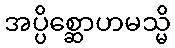
အပ္ပိစ္ဆောဟမသ္မိ